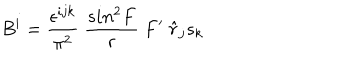
B ^ { i } = \frac { \epsilon ^ { i j k } } { \pi ^ { 2 } } ~ \frac { s i n ^ { 2 } F } { r } ~ F ^ { \prime } ~ { \hat { r } } _ { j } s _ { k }